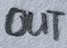
Text: OUT